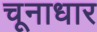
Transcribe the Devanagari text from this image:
चूनाधार